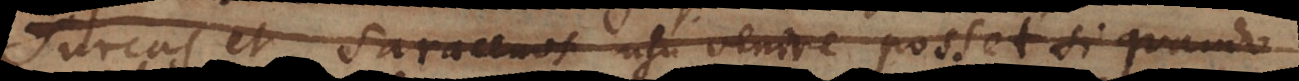
urcos et Saracenos usu venire posset si quando